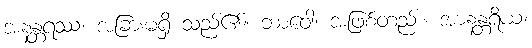
အနန္တရဿ၊ အခြားမရှိ သည်၏။ ဘာဝေါ၊ အဖြစ်တည်း။ အာနန္တရိယံ၊